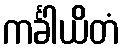
ကင်္ခါယိတံ